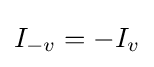
I_{-v}=-I_{v}